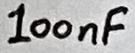
Text: 100nF